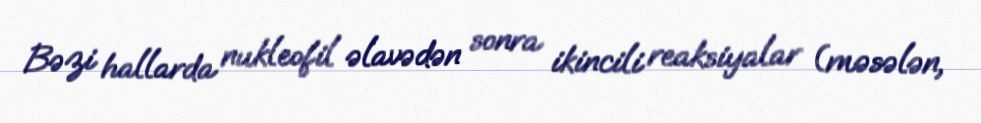
Bəzi hallarda nukleofil əlavədən sonra ikincili reaksiyalar (məsələn,